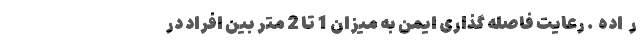
ر   اده  . رعایت فاصله گذاری ایمن به میزان 1 تا 2 متر بین افراد در